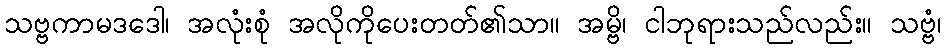
သဗ္ဗကာမဒဒေါ၊ အလုံးစုံ အလိုကိုပေးတတ်၏သာ။ အမ္ဗိ၊ ငါဘုရားသည်လည်း။ သဗ္ဗံ၊